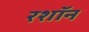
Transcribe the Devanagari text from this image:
रशॉन